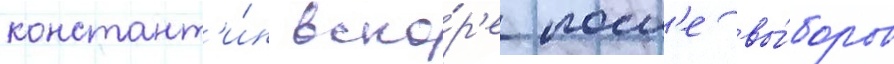
констант'и́н вско́р'е посл'е вы́боров